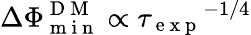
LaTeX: \Delta\Phi_{\mathrm{~m~i~n~}}^{\mathrm{~D~M~}}\propto{\tau_{\mathrm{~e~x~p~}}}^{-1/4}